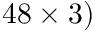
4 8 \times 3 )